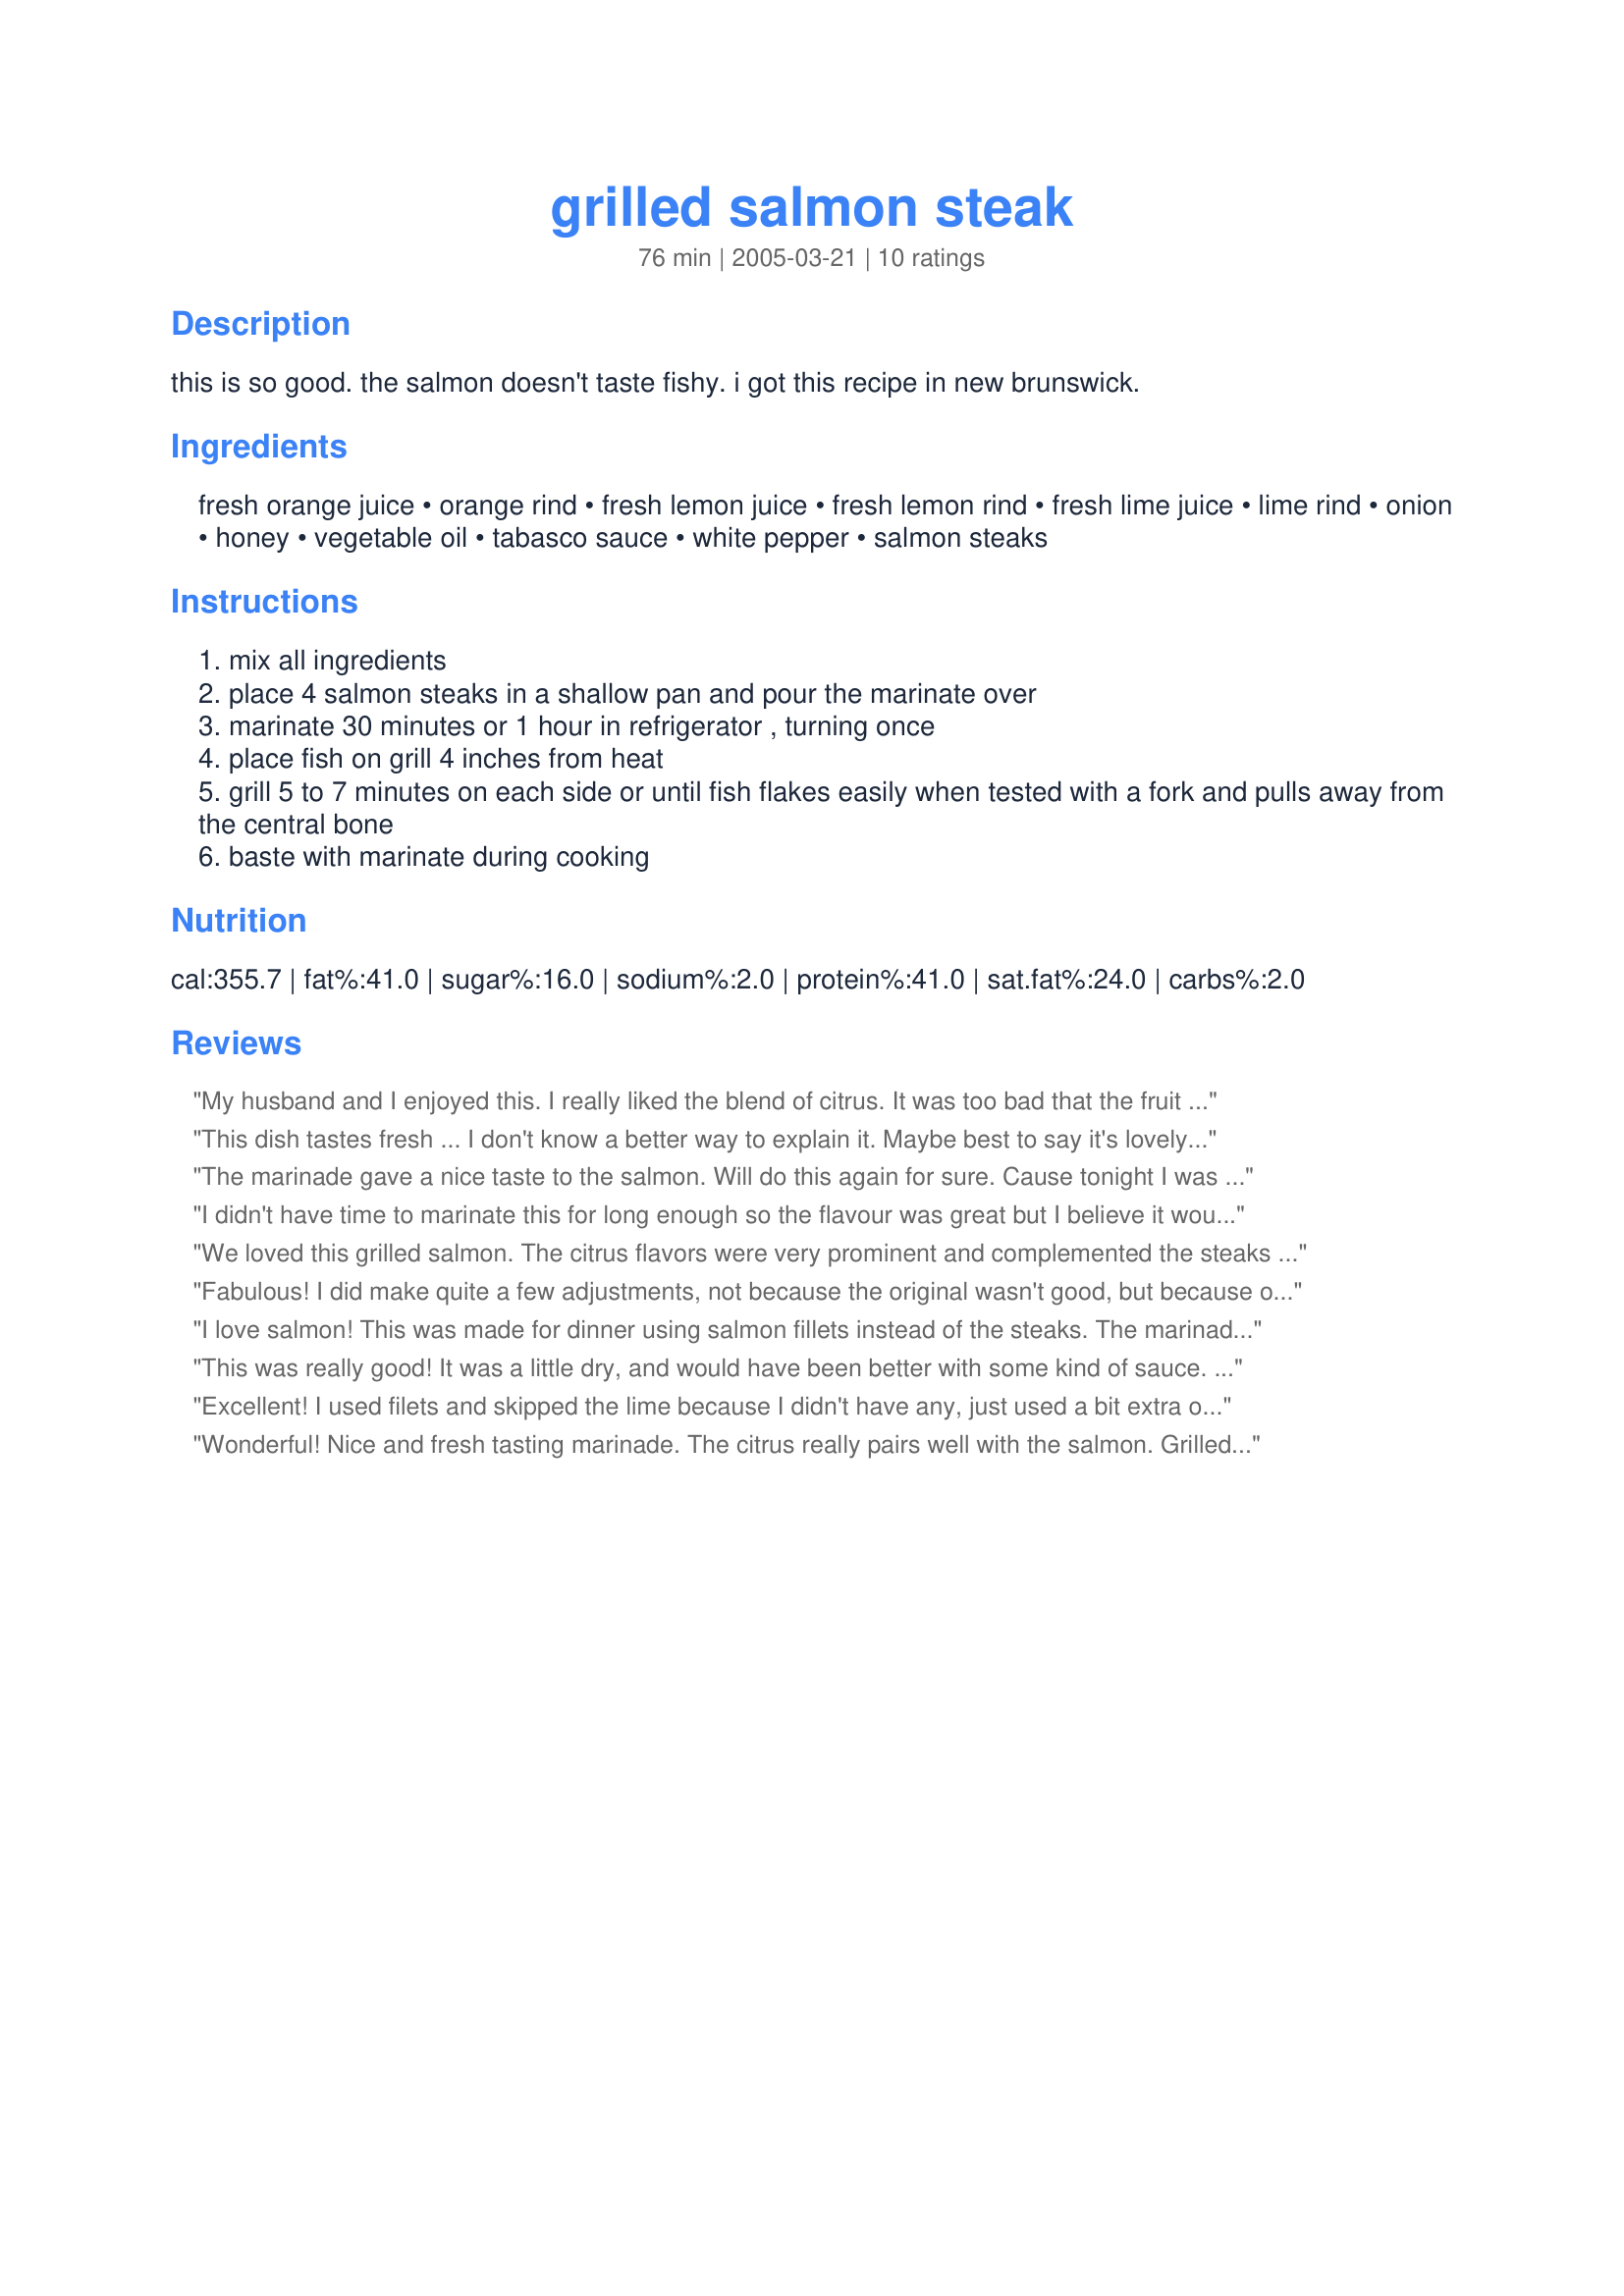
grilled salmon steak
Preparation time: 76 minutes

this is so good. the salmon doesn't taste fishy. i got this recipe in new brunswick.

Ingredients:
fresh orange juice, orange rind, fresh lemon juice, fresh lemon rind, fresh lime juice, lime rind, onion, honey, vegetable oil, tabasco sauce, white pepper, salmon steaks

Steps:
mix all ingredients
place 4 salmon steaks in a shallow pan and pour the marinate over
marinate 30 minutes or 1 hour in refrigerator , turning once
place fish on grill 4 inches from heat
grill 5 to 7 minutes on each side or until fish flakes easily when tested with a fork and pulls away from the central bone
baste with marinate during cooking

Reviews:
My husband and I enjoyed this. I really liked the blend of citrus. It was too bad that the fruit was so mangled after I juiced and zested it; slices of the fruit would have made a pretty topping or garnish.
The description was correct; it did not have a fishy taste (thank you for that).
I think maybe if I make this again, I might add some fresh dill to the marinade, simply because I think salmon and dill were just made for each other.

This dish tastes fresh ... I don't know a better way to explain it. Maybe best to say it's lovely and still tastes like salmon. The only change I made was to add a bit of a spice called "Our Special Rub" from Pike's Market in Seattle.
The marinade gave a nice taste to the salmon. Will do this again for sure. Cause tonight I was so lazy that I omitted the grated onion and all the zests of lime, orange and lemon. Thanks NoraMarie. Made for Beverage tag.
I didn't have time to marinate this for long enough so the flavour was great but I believe it would even have been better had I marinated it for the full time suggested. I took a photo and the reason that my salmon appears to be blushing is that I grabbed red onions instead of white ones so the colour of the sauce is somewhat pinkish. I used boned, filleted salmon steaks and mostly followed the recipe to the letter, but instead of turning these over during the cooking time, I placed them in a small, shallow, metal baking tray, put it as close to the pre-heated grill/broiler (in the oven) as I dared and cooked it without turning for 12 minutes. It was completely cooked and we really liked the flavours... DH says a smidge more tabasco next time please... and there will be many more next times for this recipe at our dinner table believe me :) The flavours were there but subtle, it was salmon with a hint of a little extra... no it didn't smell fishy either, and the only negative I could really find was that I just wish my piece of salmon had been a little bigger LOL. Please see my rating system: an excellent 5 stars. Thanks!
We loved this grilled salmon. The citrus flavors were very prominent and complemented the steaks very well. Served with Recipe #143499 and a salad! Perfect!
Fabulous! I did make quite a few adjustments, not because the original wasn't good, but because of poor planning (what else is new, lol). I subbed additional orange juice and zest for the lemon because I needed a lemon for another dish. Out of Tabasco, so I added a scant teaspoon of red pepper flakes and didn't have a small kitchen onion on hand, so I grated one really big scallion. I marinated the steaks just over an hour (late guests) and grilled them over charcoal. Served with Shredded Green Beans with lime and Danny Kay's Lemon Pasta.
I love salmon! This was made for dinner using salmon fillets instead of the steaks. The marinade is a delicate blending of citrus. I had them in the marinade for 30 minutes. Wonderful.
This was really good! It was a little dry, and would have been better with some kind of sauce. But, the flavor from the citrus was amazing!
Excellent! I used filets and skipped the lime because I didn't have any, just used a bit extra orange and lemon. I like the little blast from the Tabasco. Very good, and I will make it again.<br/>Thanks Nora, made for the Cookathon for Nora's DH.
Wonderful! Nice and fresh tasting marinade. The citrus really pairs well with the salmon. Grilled minimally as we really like the center rare. YUM! Nice nice nice! Thanks for a great dish Nora!
